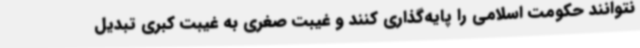
نتوانند حکومت اسلامی را پایه‌گذاری کنند و غیبت صغری به غیبت کبری تبدیل